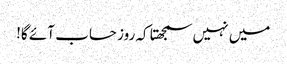
میں نہیں سمجھتا کہ روز حساب آئے گا!